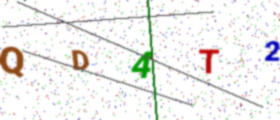
Text: QD4T2